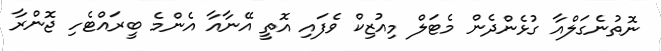
ނޮތުނެގަލްއާ ގުޅެންދެން މެޓަލް މިއުޒިކް ވެފައި އޮތީ އޭނާއާ އެންމެ ބީރައްޓެހި ޖޮންރާ